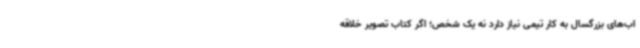
اب‌های بزرگسال به کار تیمی نیاز دارد نه یک شخص؛ اگر کتاب تصویر خلاقه